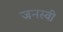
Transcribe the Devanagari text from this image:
जनस्वी